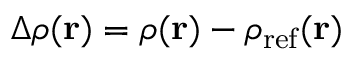
\Delta \rho ( { \bf r } ) = \rho ( { \bf r } ) - \rho _ { \mathrm { r e f } } ( { \bf r } )